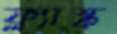
ফ্ল্যাস্ক